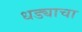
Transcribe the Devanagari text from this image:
धड्याचा